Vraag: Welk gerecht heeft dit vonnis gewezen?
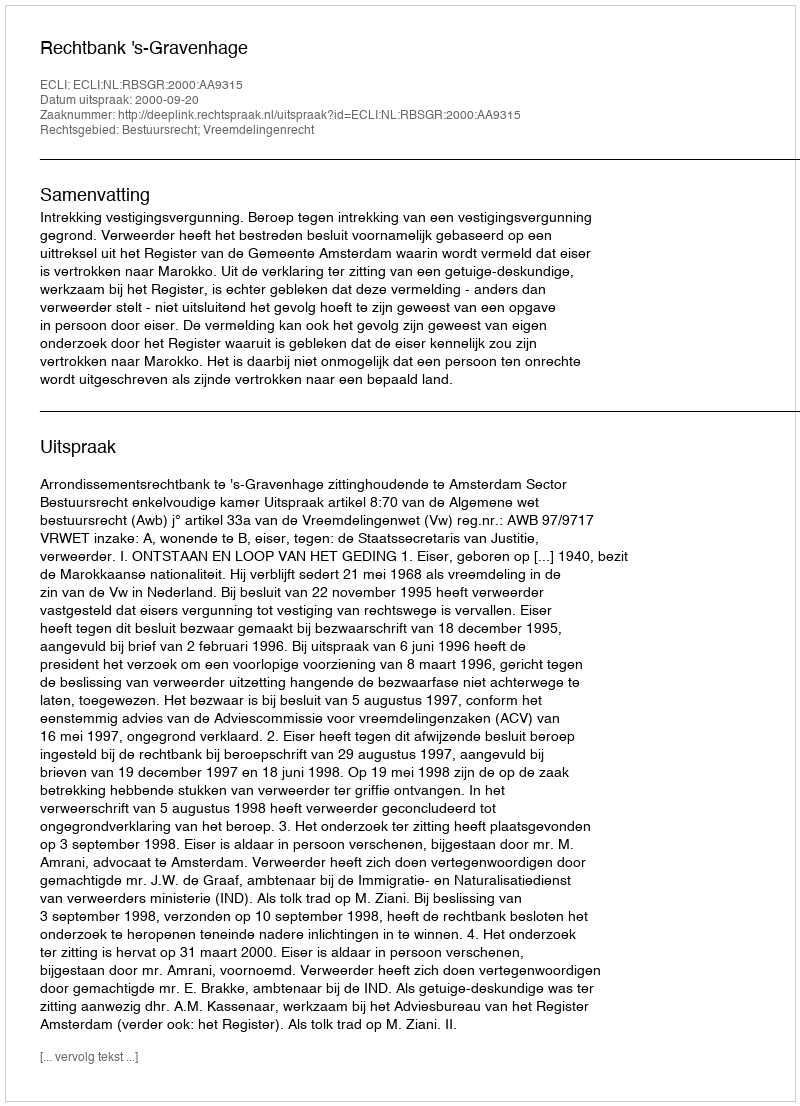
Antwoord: Rechtbank 's-Gravenhage